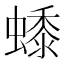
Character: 𧑓